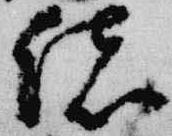
緒